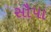
સૌપા